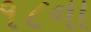
૧૮ના